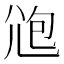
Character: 𡯚